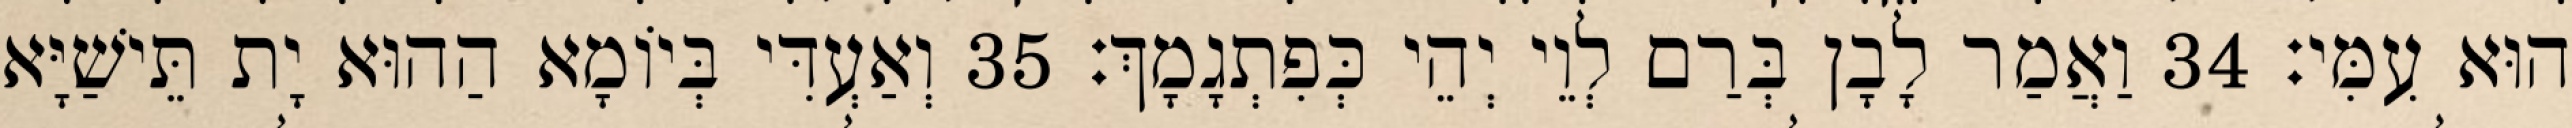
הוּא עִמִּי׃ 34 וַאֲמַר לָבָן בְּרַם לְוֵי יְהֵי כְּפִתְגָמָךְ׃ 35 וְאַעְדִּי בְּיוֹמָא הַהוּא יָת תֵּישַׁיָּא